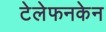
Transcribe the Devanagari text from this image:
टेलेफनकेन